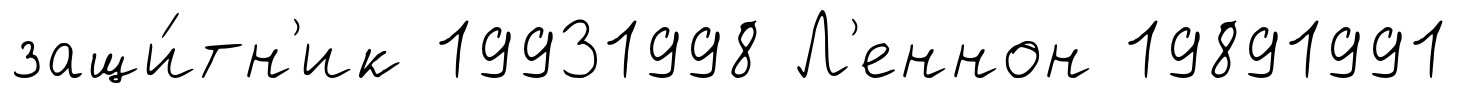
защи́тн'ик 19931998 Л'еннон 19891991